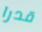
قدرا